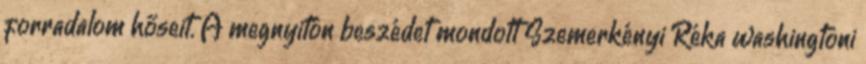
forradalom hőseit. A megnyitón beszédet mondott Szemerkényi Réka washingtoni